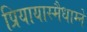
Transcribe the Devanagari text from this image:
प्रियायास्मैधाम्ने